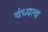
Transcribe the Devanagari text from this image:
वंध्यत्व